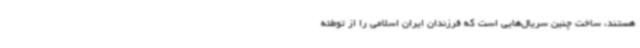
هستند، ساخت چنین سریال‌هایی است که فرزندان ایران اسلامی را از توطئه